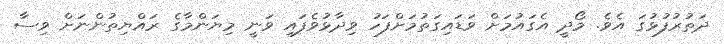
ދަތުރުފުޅުގަ އެވެ. މޯދީ އެގައުމަށް ވަޑައިގަތުމަށްފަހު ވިދާޅުވެފައި ވަނީ މިޔަންމާގެ ރައްޔިތުންނަށް ވިސާ